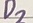
Text: D2